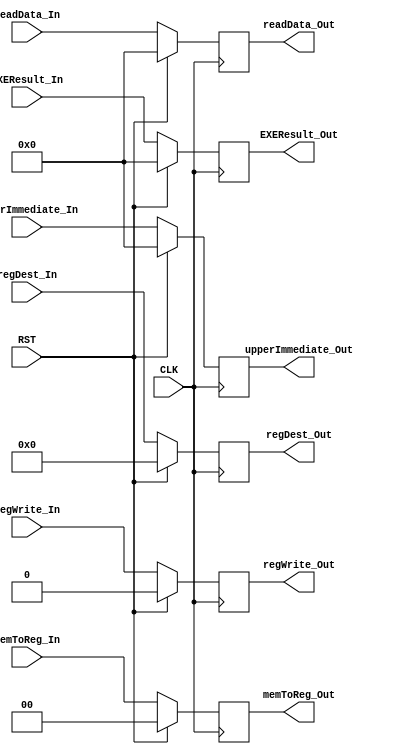
`timescale 1ns / 1ps
//////////////////////////////////////////////////////////////////////////////////
// Engineers: Sebastian Thiem, Brian Winkler
// % effort: Sebastian Thiem(50%), Brian Winkler(50%)
// 
// Module Name:    PipeLineRegMEM_WB 
// Project Name:   MIPS 32-bit Processor
//
// Description:    A pipline register from the Memory stage, 
//                 to the Write Back stage.  
//
//////////////////////////////////////////////////////////////////////////////////
module PipelineRegMEM_WB(CLK, RST,
                            regWrite_In, memToReg_In, 
                            readData_In, EXEResult_In, upperImmediate_In, regDest_In, 
                            
                            regWrite_Out, memToReg_Out, 
                            readData_Out, EXEResult_Out, upperImmediate_Out, regDest_Out);
	(*keep = "true"*)
	
	input CLK;
	input RST;
	
	// WB
	input regWrite_In; 
    input[1:0] memToReg_In; 
    
    input[31:0] readData_In; 
    input[31:0] EXEResult_In; 
    input[31:0] upperImmediate_In;
    input[4:0] regDest_In;
	
	// WB
	output reg regWrite_Out; 
    output reg[1:0] memToReg_Out; 
    
    output reg[31:0] readData_Out; 
    output reg[31:0] EXEResult_Out; 
    output reg[31:0] upperImmediate_Out;
    output reg[4:0] regDest_Out;
    
    initial begin
        // WB
        regWrite_Out = 1'b0; 
        memToReg_Out = 2'b0; 
        
        readData_Out = 32'b0; 
        EXEResult_Out = 32'b0; 
        upperImmediate_Out = 32'b0;
        regDest_Out = 5'b0;
    end
	
	always@(posedge CLK) begin
	   if( !RST ) begin
            // WB
            regWrite_Out <= regWrite_In;
            memToReg_Out <= memToReg_In; 
            
            readData_Out <= readData_In; 
            EXEResult_Out <= EXEResult_In; 
            upperImmediate_Out <= upperImmediate_In;
            regDest_Out <= regDest_In;
        end
        else begin
            // WB
            regWrite_Out = 1'b0; 
            memToReg_Out = 2'b0; 
            
            readData_Out = 32'b0; 
            EXEResult_Out = 32'b0; 
            upperImmediate_Out = 32'b0;
            regDest_Out = 5'b0;
        end
	end
	
endmodule